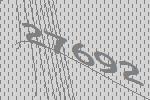
27692